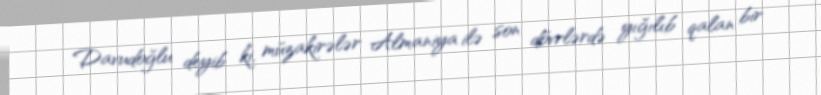
Davudoğlu deyib ki, müzakirələr Almaniya ilə son dövrlərdə yığılıb qalan bir